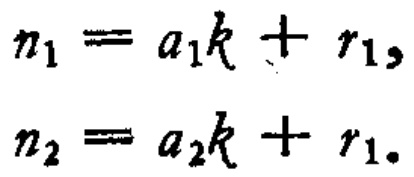
\[

n_1 = a_1k + r_1, \\

n_2 = a_2k + r_1.

\]